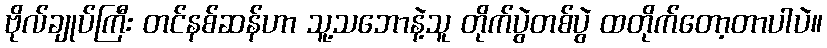
ဗိုလ်ချုပ်ကြီး တင်နစ်ဆန်ဟာ သူ့သဘောနဲ့သူ တိုက်ပွဲတစ်ပွဲ ထတိုက်တော့တာပါပဲ။